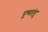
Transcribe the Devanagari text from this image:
पुष्पतंतू